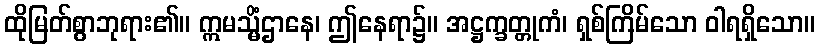
ထိုမြတ်စွာဘုရား၏။ ဣမသ္မိံဌာနေ၊ ဤနေရာ၌။ အဋ္ဌက္ခတ္တုကံ၊ ရှစ်ကြိမ်သော ဝါရရှိသော။